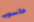
حاسوب